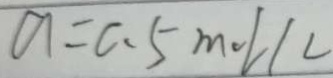
a = 0 . 5 m o l / l